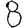
Digit: 8